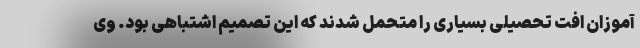
آموزان افت تحصیلی بسیاری را متحمل شدند که این تصمیم اشتباهی بود. وی